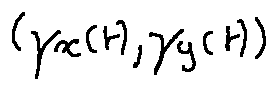
( \gamma _ { x } ( t ) , \gamma _ { y } ( t ) )